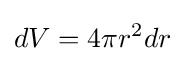
dV=4\pi r^{2}dr